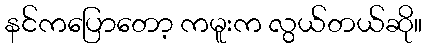
နင်ကပြောတော့ ကမူးက လွယ်တယ်ဆို။